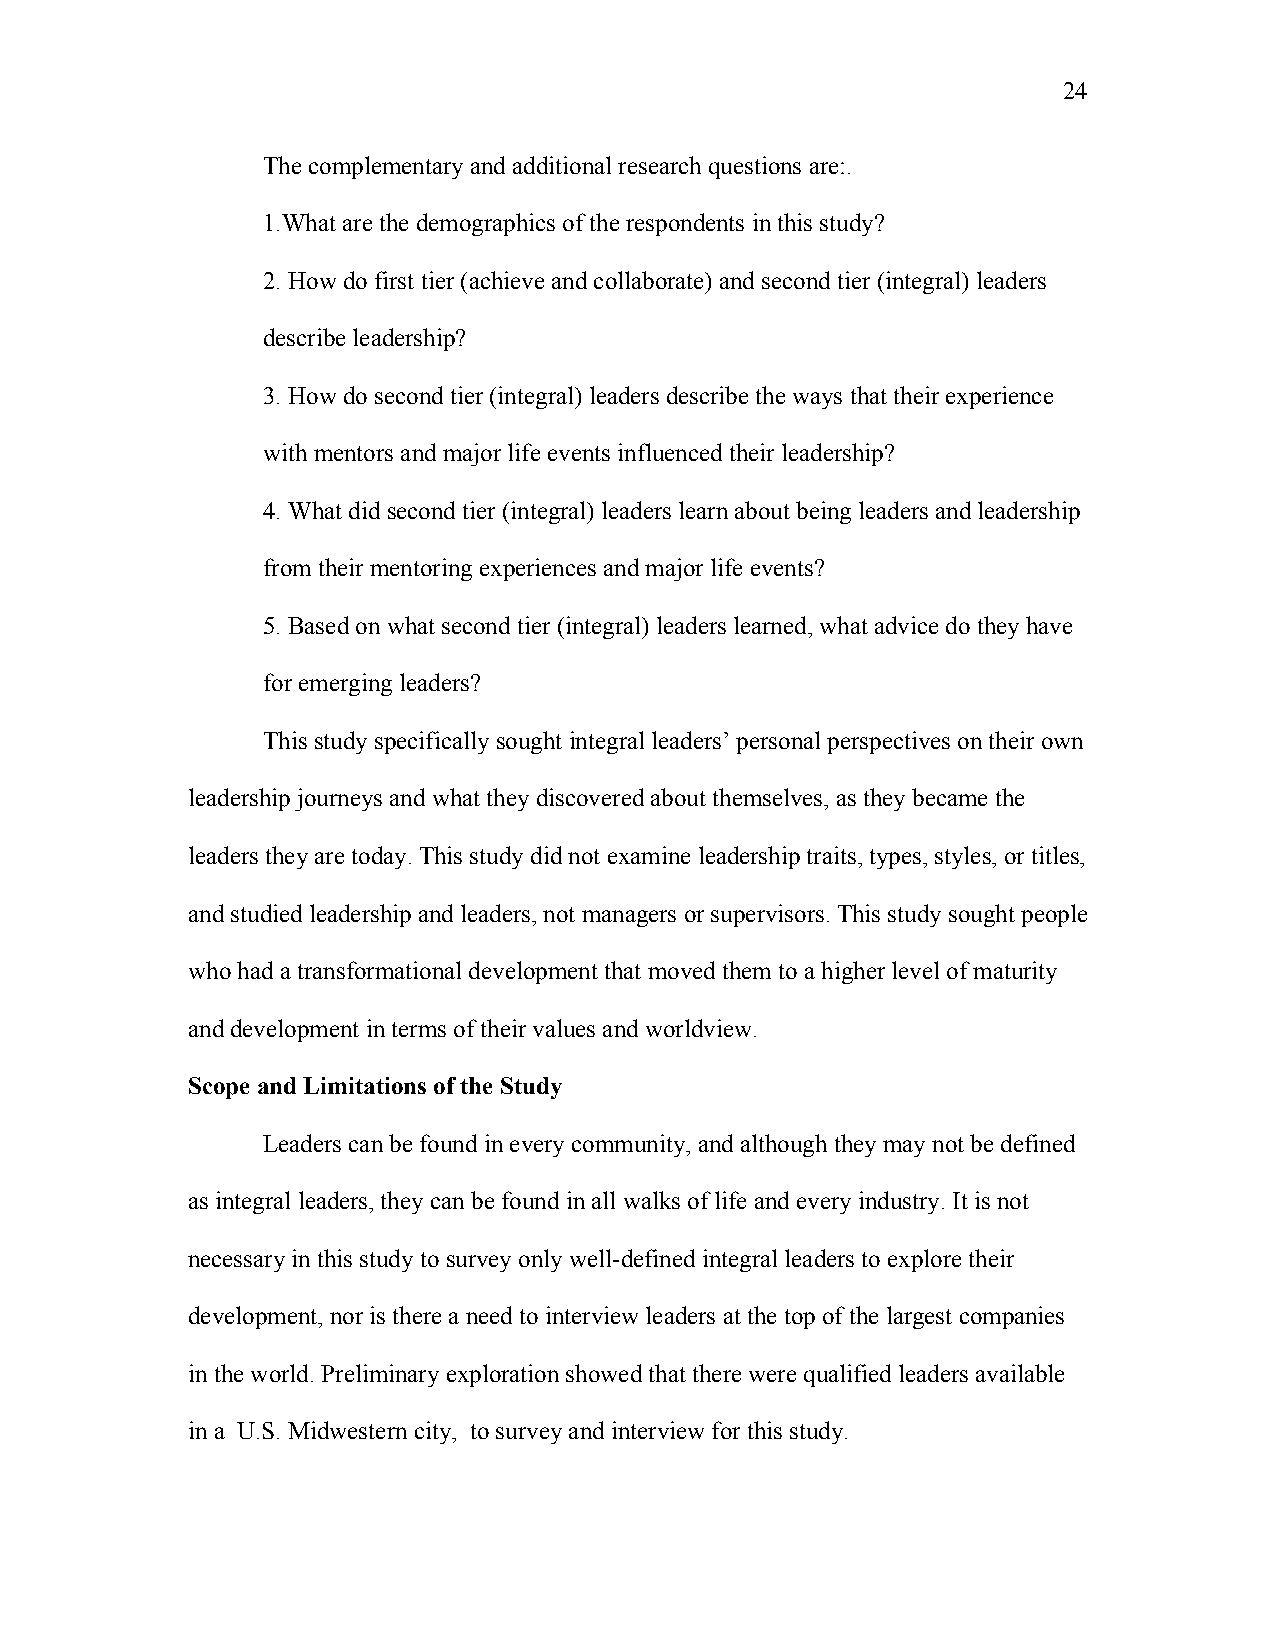
24
 The complementary and additional research questions are:.
 1.What are the demographics of the respondents in this study?
 2. How do first tier (achieve and collaborate) and second tier (integral) leaders
 describe leadership?
 3. How do second tier (integral) leaders describe the ways that their experience
 with mentors and major life events influenced their leadership?
 4. What did second tier (integral) leaders learn about being leaders and leadership
 from their mentoring experiences and major life events?
 5. Based on what second tier (integral) leaders learned, what advice do they have
 for emerging leaders?
 This study specifically sought integral leaders’ personal perspectives on their own
 leadership journeys and what they discovered about themselves, as they became the
 leaders they are today. This study did not examine leadership traits, types, styles, or titles,
 and studied leadership and leaders, not managers or supervisors. This study sought people
 who had a transformational development that moved them to a higher level of maturity
 and development in terms of their values and worldview.
 Scope and Limitations of the Study
 Leaders can be found in every community, and although they may not be defined
 as integral leaders, they can be found in all walks of life and every industry. It is not
 necessary in this study to survey only well-defined integral leaders to explore their
 development, nor is there a need to interview leaders at the top of the largest companies
 in the world. Preliminary exploration showed that there were qualified leaders available
 in a U.S. Midwestern city, to survey and interview for this study.